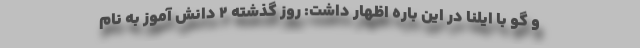
و گو با ایلنا در این باره اظهار داشت: روز گذشته 2 دانش آموز به نام